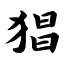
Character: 猖